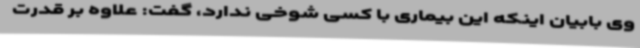
وی بابیان اینکه این بیماری با کسی شوخی ندارد، گفت: علاوه بر قدرت